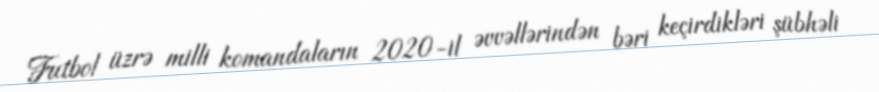
Futbol üzrə milli komandaların 2020-il əvvəllərindən bəri keçirdikləri şübhəli